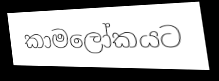
කාමලෝකයට